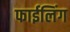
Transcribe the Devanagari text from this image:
फाईलिंग